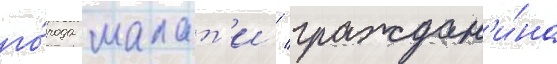
го́рода малат'и / граждан'и́на